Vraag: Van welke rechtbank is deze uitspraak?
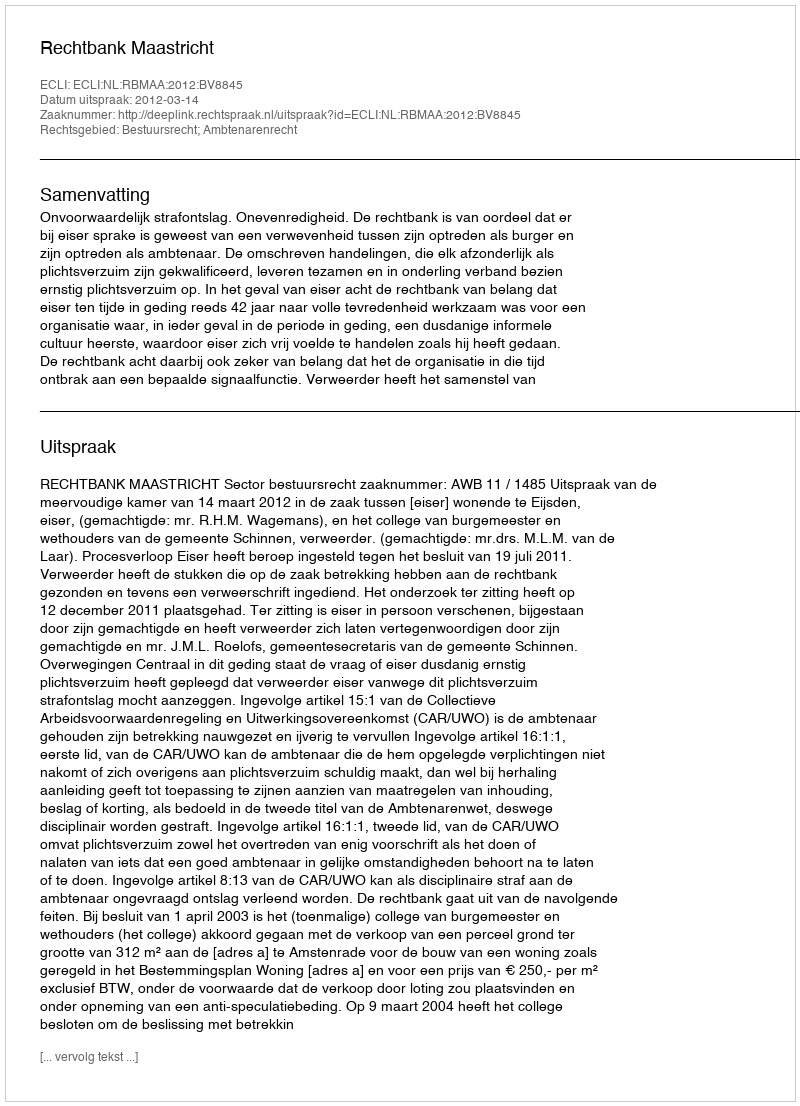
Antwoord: Rechtbank Maastricht